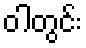
ဝါတွင်း